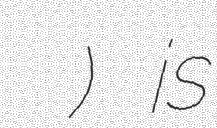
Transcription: गणेशथान मन्दिर) is